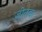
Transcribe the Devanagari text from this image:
जीतवा